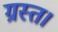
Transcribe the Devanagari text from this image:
ग्रस्त।